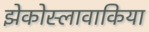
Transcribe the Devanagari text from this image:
झेकोस्लावाकिया